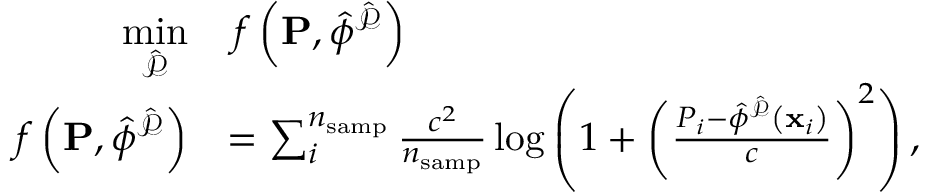
\begin{array} { r l } { \underset { \hat { \mathcal { P } } } { \mathrm { m i n } } } & { \, f \left( \mathbf { P } , \hat { \phi } ^ { \hat { \mathcal { P } } } \right) } \\ { f \left( \mathbf { P } , \hat { \phi } ^ { \hat { \mathcal { P } } } \right) } & { = \sum _ { i } ^ { n _ { \mathrm { s a m p } } } \frac { c ^ { 2 } } { n _ { \mathrm { s a m p } } } \log \left( 1 + \left( \frac { P _ { i } - \hat { \phi } ^ { \hat { \mathcal { P } } } \left( \mathbf { x } _ { i } \right) } { c } \right) ^ { 2 } \right) , } \end{array}